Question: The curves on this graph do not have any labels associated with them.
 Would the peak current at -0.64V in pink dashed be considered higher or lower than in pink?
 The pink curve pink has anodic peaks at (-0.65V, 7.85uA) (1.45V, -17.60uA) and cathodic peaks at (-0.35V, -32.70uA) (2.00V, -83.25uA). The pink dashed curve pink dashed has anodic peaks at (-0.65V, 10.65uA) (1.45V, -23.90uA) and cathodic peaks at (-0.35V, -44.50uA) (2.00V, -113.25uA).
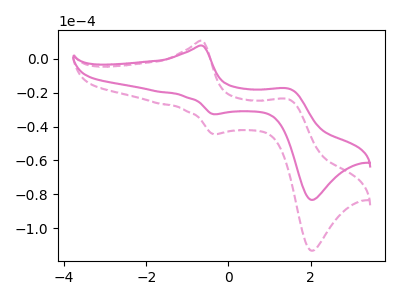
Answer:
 <answer>The peak at -0.64V is higher in "pink dashed" than in "pink".</answer>
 <eval>higher</eval>